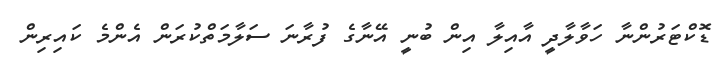
ޑޮކްޓަރުންނާ ހަވާލާދީ އާއިލާ އިން ބުނީ އޭނާގެ ފުރާނަ ސަލާމަތްކުރަން އެންމެ ކައިރިން